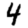
Digit: 4